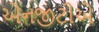
એનજીટીએ